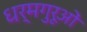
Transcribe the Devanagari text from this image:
धर्मगुरूओं